画像に写った文字を読んでください
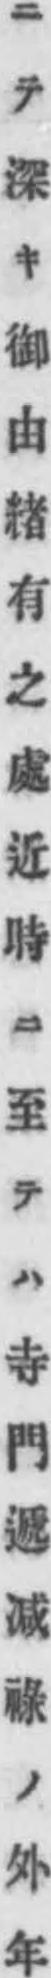
「ニテ深キ御由緖有之處近時ニ至テハ寺門遞减祿ノ外年」と書いてあります